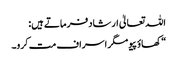
اللہ تعالیٰ ارشاد فرماتے ہیں:
“کھاؤ پیو مگر اسراف مت کرو۔